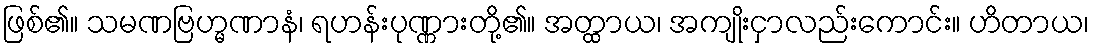
ဖြစ်၏။ သမဏဗြဟ္မဏာနံ၊ ရဟန်းပုဏ္ဏားတို့၏။ အတ္ထာယ၊ အကျိုးငှာလည်းကောင်း။ ဟိတာယ၊